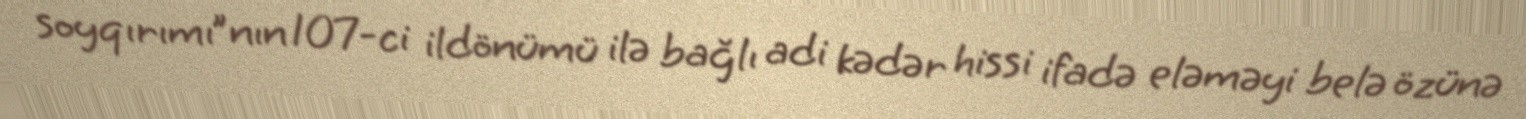
soyqırımı”nın 107-ci ildönümü ilə bağlı adi kədər hissi ifadə eləməyi belə özünə